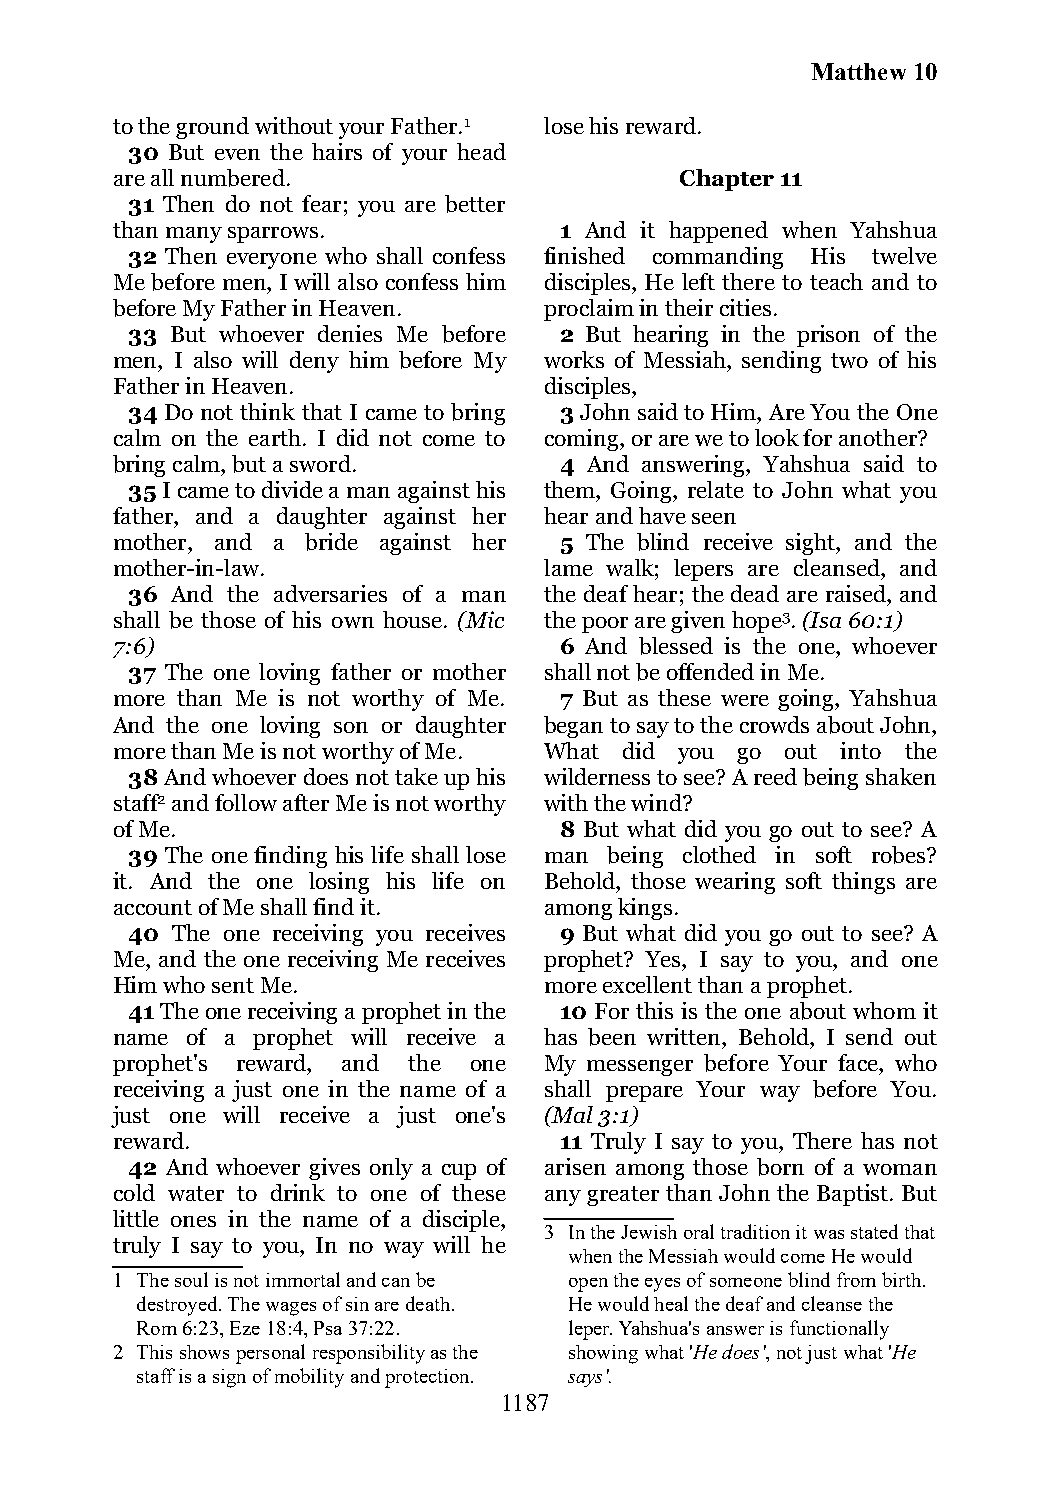
Matthew 10
 to the ground without your Father.1 lose his reward.
 30 But even the hairs of your head
 are all numbered.                     Chapter 11
 31 Then do not fear; you are better
 than many sparrows.           1 And it happened when Yahshua
 32 Then everyone who shall confess finished commanding His twelve
 Me before men, I will also confess him disciples, He left there to teach and to
 before My Father in Heaven.  proclaim in their cities.
 33 But whoever denies Me before 2 But hearing in the prison of the
 men, I also will deny him before My works of Messiah, sending two of his
 Father in Heaven.            disciples,
 34 Do not think that I came to bring 3 John said to Him, Are You the One
 calm on the earth. I did not come to coming, or are we to look for another?
 bring calm, but a sword.      4 And answering, Yahshua said to
 35 I came to divide a man against his them, Going, relate to John what you
 father, and a daughter against her hear and have seen
 mother, and a bride against her 5 The blind receive sight, and the
 mother-in-law.               lame walk; lepers are cleansed, and
 36 And the adversaries of a man the deaf hear; the dead are raised, and
 shall be those of his own house. (Mic the poor are given hope3. (Isa 60:1)
 7:6)                          6 And blessed is the one, whoever
 37 The one loving father or mother shall not be offended in Me.
 more than Me is not worthy of Me. 7 But as these were going, Yahshua
 And the one loving son or daughter began to say to the crowds about John,
 more than Me is not worthy of Me. What did you go out into the
 38 And whoever does not take up his wilderness to see? A reed being shaken
 staff2 and follow after Me is not worthy with the wind?
 of Me.                        8 But what did you go out to see? A
 39 The one finding his life shall lose man being clothed in soft robes?
 it. And the one losing his life on Behold, those wearing soft things are
 account of Me shall find it. among kings.
 40 The one receiving you receives 9 But what did you go out to see? A
 Me, and the one receiving Me receives prophet? Yes, I say to you, and one
 Him who sent Me.             more excellent than a prophet.
 41 The one receiving a prophet in the 10 For this is the one about whom it
 name of a prophet will receive a has been written, Behold, I send out
 prophet's reward, and the one My messenger before Your face, who
 receiving a just one in the name of a shall prepare Your way before You.
 just one will receive a just one's (Mal 3:1)
 reward.                       11 Truly I say to you, There has not
 42 And whoever gives only a cup of arisen among those born of a woman
 cold water to drink to one of these any greater than John the Baptist. But
 little ones in the name of a disciple,
 3 In the Jewish oral tradition it was stated that
 truly I say to you, In no way will he
 when the Messiah would come He would
 1 The soul is not immortal and can be open the eyes of someone blind from birth.
 destroyed. The wages of sin are death. He would heal the deaf and cleanse the
 Rom 6:23, Eze 18:4, Psa 37:22. leper. Yahshua's answer is functionally
 2 This shows personal responsibility as the showing what 'He does', not just what 'He
 staff is a sign of mobility and protection. says'.
 1187